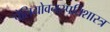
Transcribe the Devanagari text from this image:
पेलियोवनस्पतिशास्त्र